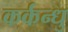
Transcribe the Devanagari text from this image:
कर्कन्धु